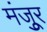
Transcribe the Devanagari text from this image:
मंजूुर